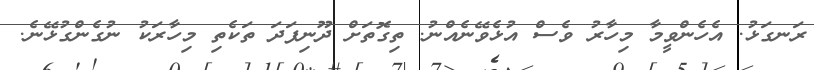
ރަނގަޅު. އެހެންވީމާ މިހާރު ވެސް އުޅެވޭނެއްނު. ތިގޮތަށް ދޫނިފަދަ ތަކެތި މިހާރަކު ނުގެންގުޅޭނެ.